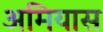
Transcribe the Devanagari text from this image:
अमियास